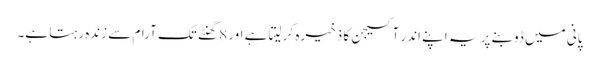
پانی میں ڈوبنے پر یہ اپنے اندر آکسیجن کا ذخیرہ کر لیتا ہے اور 8 گھنٹے تک آرام سے زندہ رہتا ہے۔